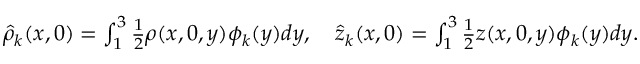
\begin{array} { r } { \hat { \rho } _ { k } ( x , 0 ) = \int _ { 1 } ^ { 3 } \frac { 1 } { 2 } \rho ( x , 0 , y ) \phi _ { k } ( y ) d y , ~ ~ ~ \hat { z } _ { k } ( x , 0 ) = \int _ { 1 } ^ { 3 } \frac { 1 } { 2 } z ( x , 0 , y ) \phi _ { k } ( y ) d y . } \end{array}